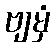
ဗျမှံ